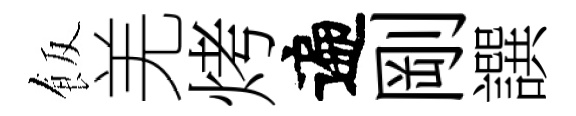
飯羌烤遍剛譔